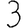
Digit: 3